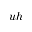
u h